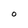
Character: O